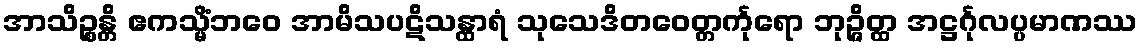
အာသိဉ္စန္တိ ဧကသ္မိံဘဝေ အာမိသပဋိသန္ထာရံ သုသေဒိတဝေတ္တင်္ကုရော ဘုဉ္ဇိတ္ထ အဋ္ဌင်္ဂုလပ္ပမာဏဿ